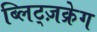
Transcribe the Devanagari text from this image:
ब्लिट्ज़क्रेग